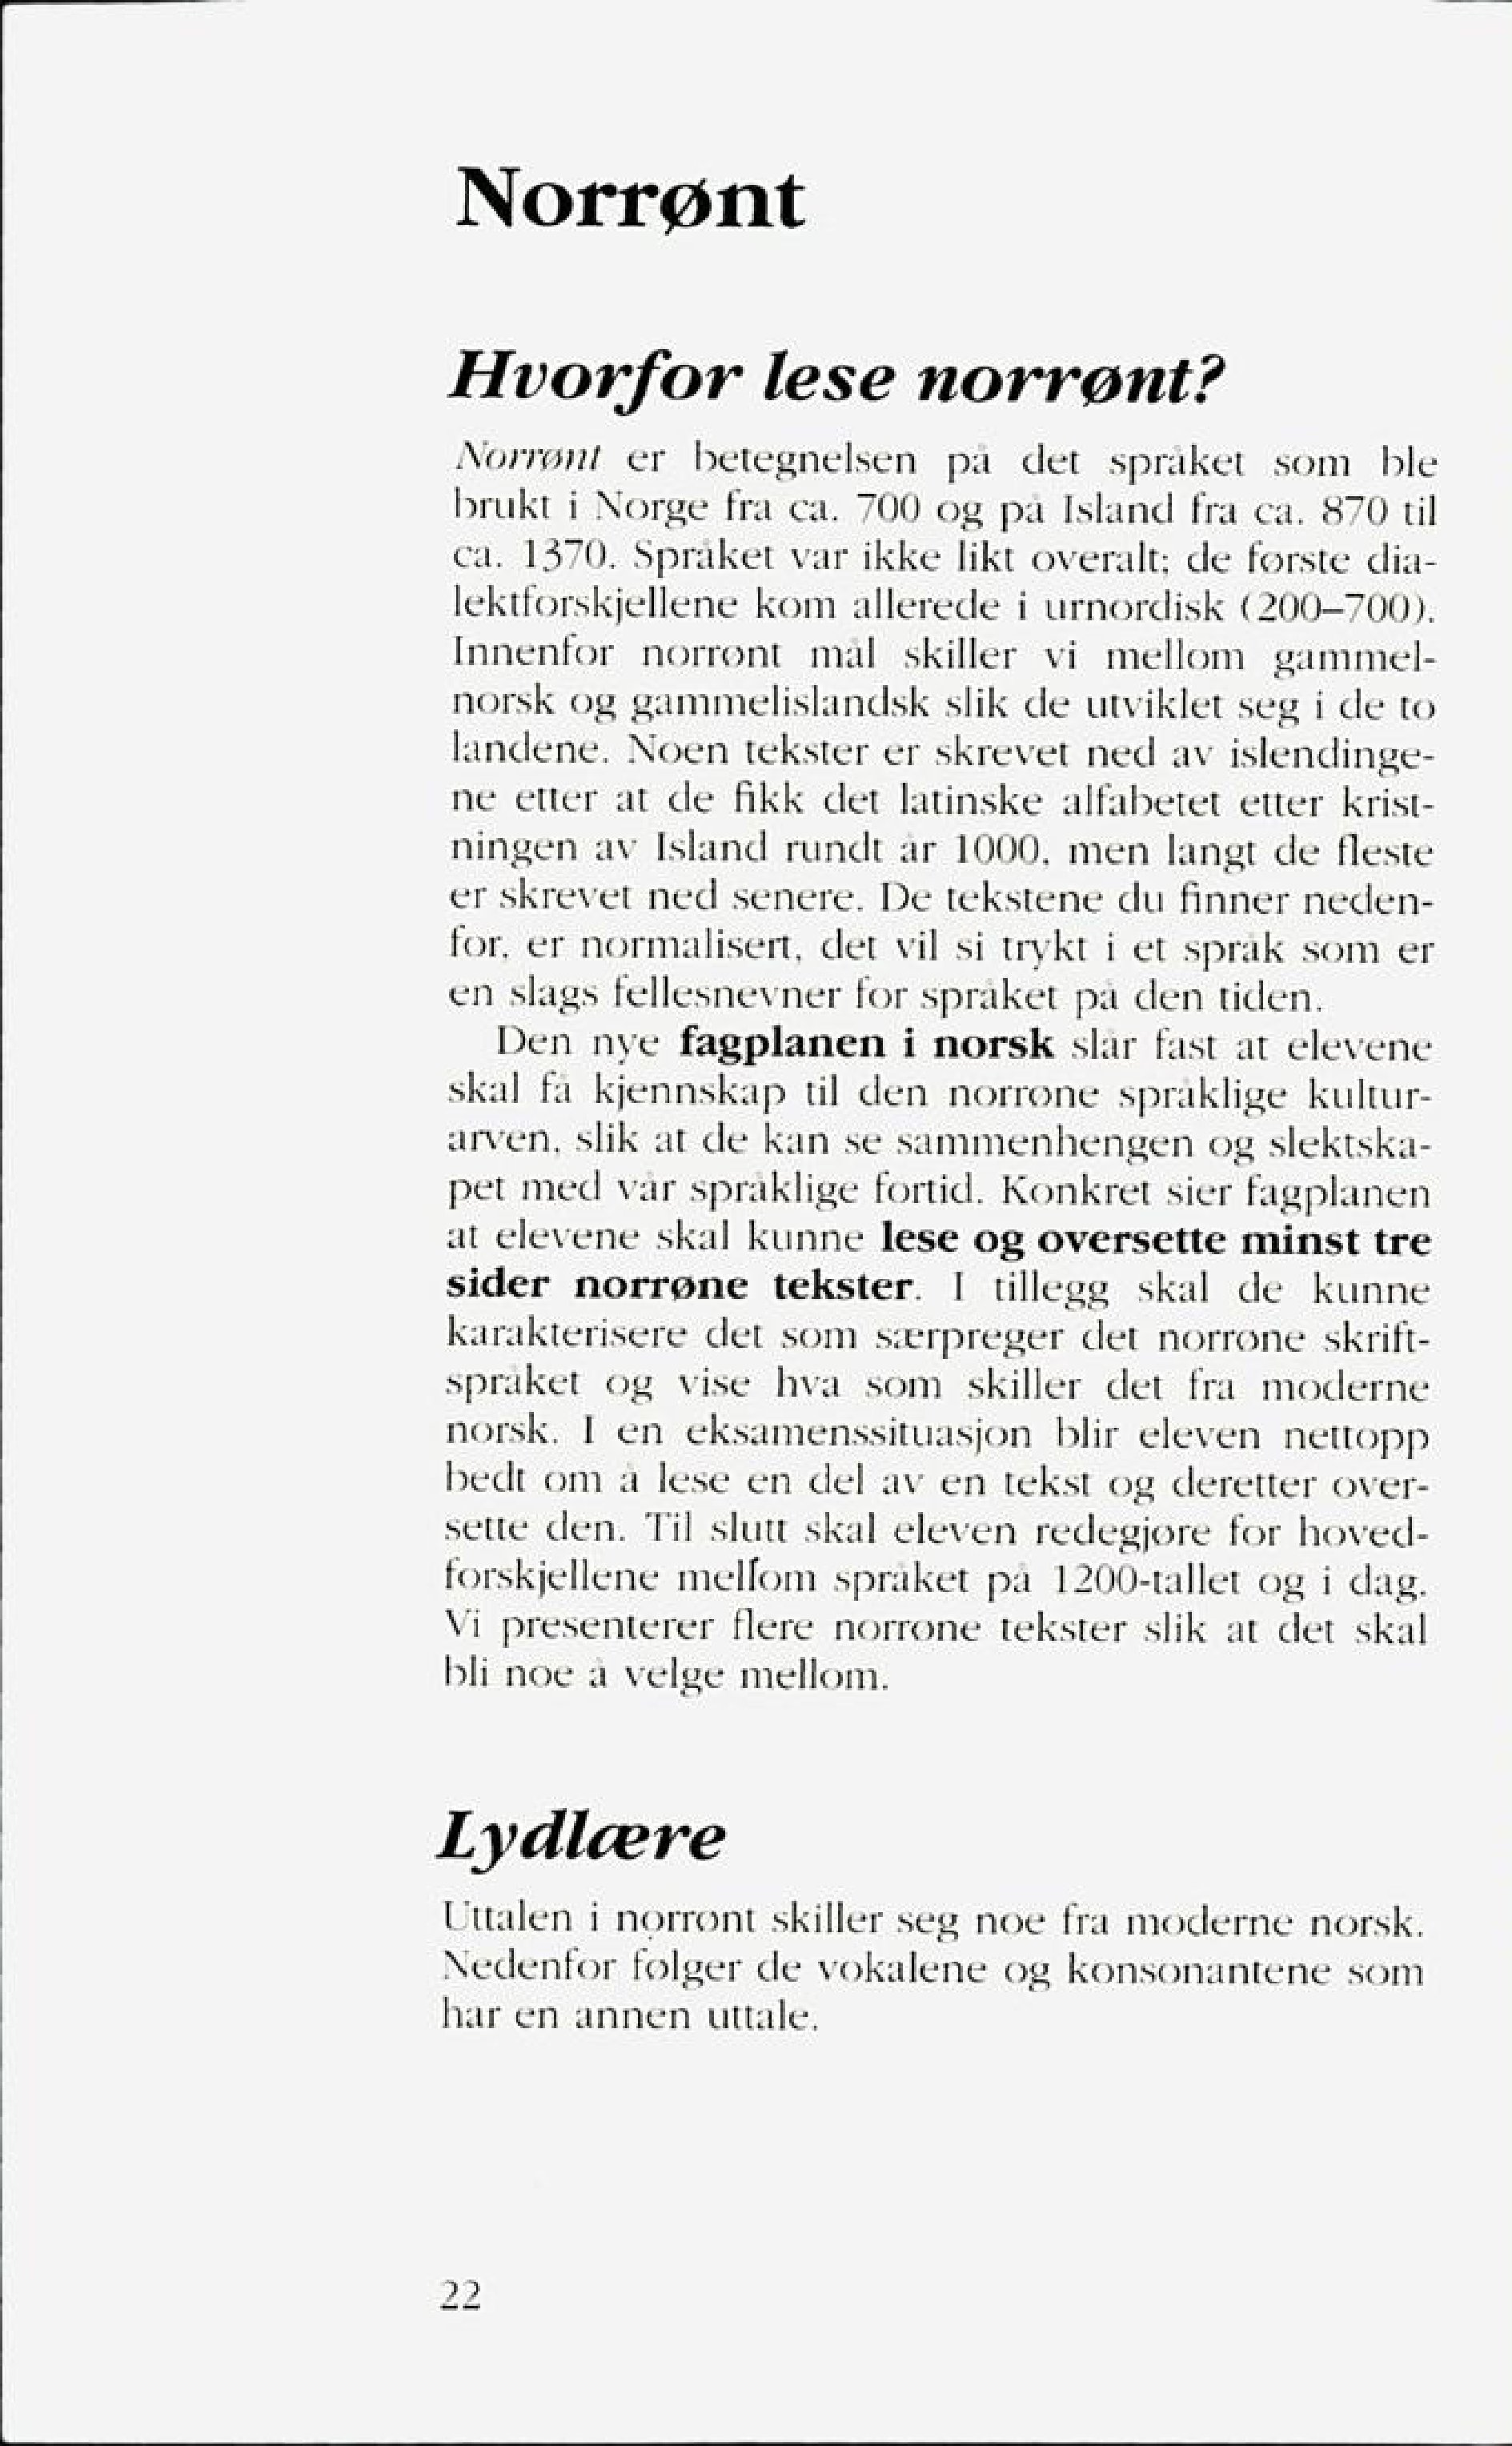
Language: no